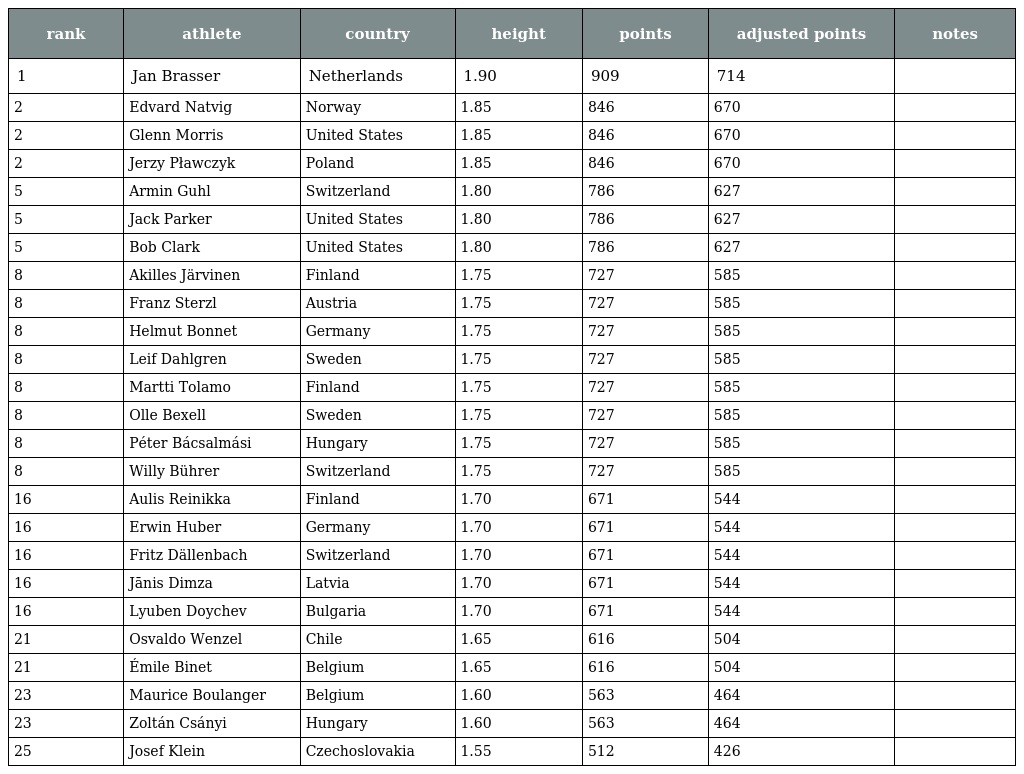
| rank | athlete | country | height | points | adjusted points | notes |
 | --- | --- | --- | --- | --- | --- | --- |
 | 1 | Jan Brasser | Netherlands | 1.90 | 909 | 714 |  |
 | 2 | Edvard Natvig | Norway | 1.85 | 846 | 670 |  |
 | 2 | Glenn Morris | United States | 1.85 | 846 | 670 |  |
 | 2 | Jerzy Pławczyk | Poland | 1.85 | 846 | 670 |  |
 | 5 | Armin Guhl | Switzerland | 1.80 | 786 | 627 |  |
 | 5 | Jack Parker | United States | 1.80 | 786 | 627 |  |
 | 5 | Bob Clark | United States | 1.80 | 786 | 627 |  |
 | 8 | Akilles Järvinen | Finland | 1.75 | 727 | 585 |  |
 | 8 | Franz Sterzl | Austria | 1.75 | 727 | 585 |  |
 | 8 | Helmut Bonnet | Germany | 1.75 | 727 | 585 |  |
 | 8 | Leif Dahlgren | Sweden | 1.75 | 727 | 585 |  |
 | 8 | Martti Tolamo | Finland | 1.75 | 727 | 585 |  |
 | 8 | Olle Bexell | Sweden | 1.75 | 727 | 585 |  |
 | 8 | Péter Bácsalmási | Hungary | 1.75 | 727 | 585 |  |
 | 8 | Willy Bührer | Switzerland | 1.75 | 727 | 585 |  |
 | 16 | Aulis Reinikka | Finland | 1.70 | 671 | 544 |  |
 | 16 | Erwin Huber | Germany | 1.70 | 671 | 544 |  |
 | 16 | Fritz Dällenbach | Switzerland | 1.70 | 671 | 544 |  |
 | 16 | Jānis Dimza | Latvia | 1.70 | 671 | 544 |  |
 | 16 | Lyuben Doychev | Bulgaria | 1.70 | 671 | 544 |  |
 | 21 | Osvaldo Wenzel | Chile | 1.65 | 616 | 504 |  |
 | 21 | Émile Binet | Belgium | 1.65 | 616 | 504 |  |
 | 23 | Maurice Boulanger | Belgium | 1.60 | 563 | 464 |  |
 | 23 | Zoltán Csányi | Hungary | 1.60 | 563 | 464 |  |
 | 25 | Josef Klein | Czechoslovakia | 1.55 | 512 | 426 |  |